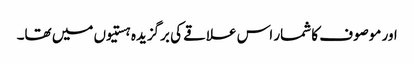
اور موصوف کا شمار اس علاقے کی برگزیدہ ہستیوں میں تھا۔